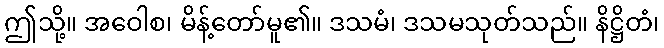
ဤသို့။ အဝေါစ၊ မိန့်တော်မူ၏။ ဒသမံ၊ ဒသမသုတ်သည်။ နိဋ္ဌိတံ၊